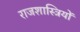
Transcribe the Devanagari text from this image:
राजशास्त्रियों